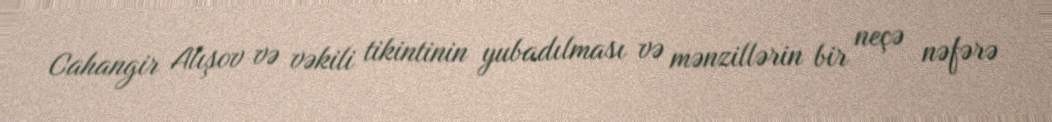
Cahangir Alışov və vəkili tikintinin yubadılması və mənzillərin bir neçə nəfərə